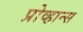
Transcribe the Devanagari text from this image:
प्रोव्हान्स